Indian journal of veterinary science and animal husbandry - Volumes 15-17, 1948-1951
Year: 1948
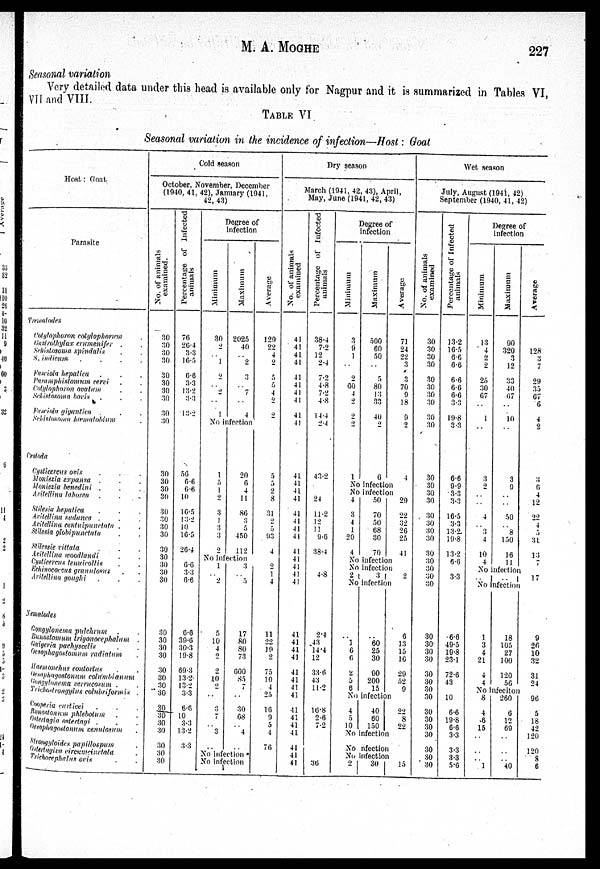
M. A.
MOGHE
227
Seasonal variation
Very detailed data under this head is available only for Nagpur and it is summarized in Tables VI,
VII and VIII.
TABLE VI
Seasonal variation in the incidence of infection—Host: Goat
Host : Goat
Parasite
Trematodes
Cotylophoron cotylophorum .
Castrothylax crumenifer . .
Schistosoma spindalis . .
S. indicum . . . .
Fasciola hepatica . . .
Paramphistomum cervi . .
Cotylophoron ovatum . .
Schistosoma bovis . . .
Fasciola gigantica . . .
Schistosoma hæmatobium .
Cestoda
Cysticercus ovis . . .
Moniezia expansa . . .
Moniezia benedini . . .
Axitellina lohorea . . .
Stilesia hepatica . . .
Aritellina sudanea . . .
Axitellina centuipunctata . .
Stilesia globipunctata . .
Stilessie vittata . . .
Axitellina woodlandi . .
Cysticercus tenuicollis . .
Echinococcus granulosus . .
Aritellina goughi . . .
Nematodes
Gongylonema pulchrum . .
Bunostomum trigonocephalum .
Gaigeria pachyscelis . .
Gesophagostomum radiatum .
Haemonchus contortus . .
thesophagostonum cotumbianum
Gongylonema verrucosum . .
Trichostrongylus colubriformis .
Cooperia curticei . . .
Bunostonum phlebotum . .
Ostertagia ostertagi . . .
Oesophagostonum cenulasum .
Strogyloides papillospum .
Ostertagiva circumcinctata .
Trichocephalus ovis . .
Cold season
October, November, December
(1040, 41, 42), January (1941,
42, 43)
No. of animals
examined.
30
30
30
30
30
30
30
30
30
30
30
30
30
30
30
30
30
30
30
30
30
30
30
30
30
30
30
30
30
30
30
30
30
30
30
30
30
30
Percentage of Infected
animals
76
26.4
3.3
16.5
6.6
3.3
13.2
3.3
13.2
56
6.6
6.6
10
16.5
13.2
10
16.5
26.4
6.6
3.3
6.6
6.6
39.6
30.3
19.8
69.3
13.2
13.2
3.3
6.6
10
3.3
13.2
3.3
Degree of
infection
Minimum
30
2
.. 1
2
.. 2
..
1
Maximum
2025
40
.. 2
3
.. 7
..
4
Average
129
22
4
2
5
5
4
2
2
No infection
1
5
1
2
3
1
3
3
2
20
6
4
11
86
3
5
450
112
5
5
2
8
31
2
5
93
4
No infection
1
.. 2
5
10
4
2
2
10
2
..
3
7
.. 3
..
3
..
5
17
80
80
73
600
85
7
..
30
68
.. 4
..
2
1
4
11
22
19 2
75
10
4
25
16
9
5
4
76
No infection
No infection
Dry season
March (1941, 42, 43), April,
May, June (1941, 42, 43)
No. of animals
examined
41
41
41
41
41
41
41
41
41
41
41
41
41
41
41
41
41
41
41
41
41
41
41
41
41
41
41
41
41
41
41
41
41
41
41
41
41
41
Percentage of Infected
animals
38.4
7.2
12
2.4
7.2
4.8
7.2
4.8
14.4
2.4
43.2
24
11.2
12
11
9.6
38.4
4.8
2.4
43
14.4
12
33.6
43
11.2
16.8
2.6
7.2
36
Degree of
infection
Minimum
3
9
1
..
2
60
4
2
2
2
1
Maximum
500
60
50
..
5
80
13
33
40
2
6
Average
71
24
22
3
3
70
9
18
9
2
4
No infection
No infection
4
3
4
1
20
4
50
70
50
68
30
70
29
22
32
26
25
41
No infection
No infection
2
3
2
No infection
..
1
6
6
2
5
6
..
60
25
30
90
200
15
6
13
15
16
20
52
9
No infection
4
5
10
40
60
150
22
8
22
No infection
No infection
No infection
2
30 15
Wet season
July, August (1941, 42)
September (1940, 41, 42)
No. of animals
examined
30
30
30
30
30
30
30
30
30
30
30
30
30
30
30
30
30
30
30
30
30
30
30
30
30
30
30
30
30
30
30
30
30
30
30
30
30
30
Percentage of Infected
animals
13.2
16.5
6.6
6.6
6.6
6.6
6.6
3.3
19.8
3.3
6.6
9.9
3.3
3.3
16.5
3.3
13.2
19.8
13.2
6.6
3.3
6.6
49.5
19.8
23.1
72.6
43
10
6.6
19.8
6.6
3.3
3.3
3.3
5.6
Degree of
infection
Minimum
13
4
2
2
25
30
67
..
1
..
3
2
..
..
4
.. 3
4
10
4
Maximum
90
320
3
12
33
40
67
..
10
..
3
9
..
..
50
.. 8
150
16
11
Average
128
3
7
29
35
67
6
4
2
3
6
4
12
22
4 5
31
13
7
No infection
..
..
17
No infection
1
3
4
21
4
4
18
105
27
100
120
56
9
26
10
32
31
24
No infeciton
8
4
6
15
..
..
.. 1
260
6
12
69
..
..
.. 40
96
5
18
42
120
120
8
6